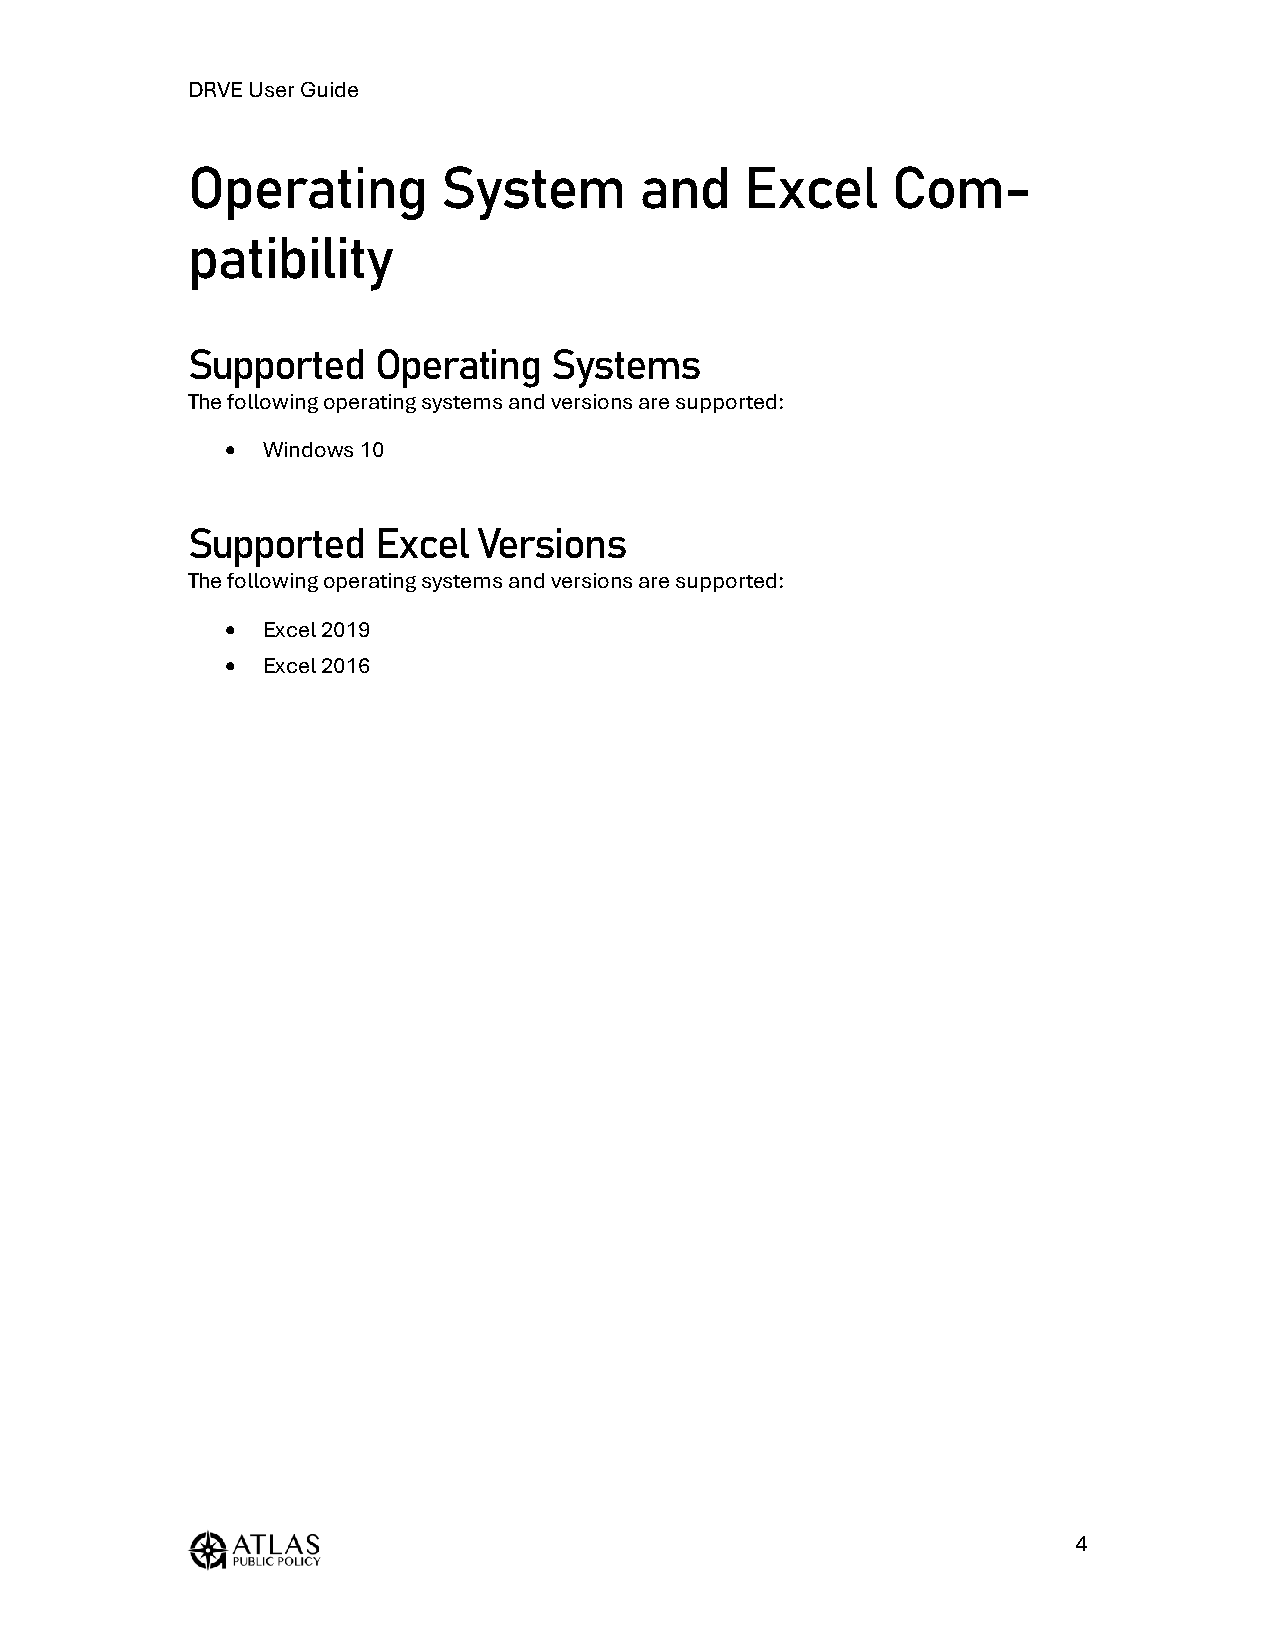
DRVE User Guide
 Operating        System       and    Excel     Com-
 patibility
 Supported    Operating  Systems
 The following operating systems and versions are supported:
 • Windows 10
 Supported    Excel  Versions
 The following operating systems and versions are supported:
 • Excel 2019
 • Excel 2016
 4